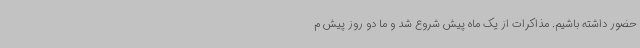
حضور داشته باشیم. مذاکرات از یک ماه پیش شروع شد و ما دو روز پیش م